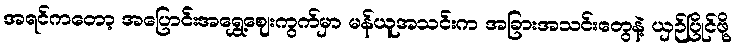
အရင်ကတော့ အပြောင်းအရွှေ့ဈေးကွက်မှာ မန်ယူအသင်းက အခြားအသင်းတွေနဲ့ ယှဉ်ပြိုင်ဖို့